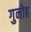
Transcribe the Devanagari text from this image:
गुनोह